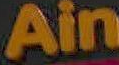
Ain